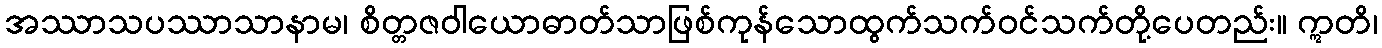
အဿာသပဿာသာနာမ၊ စိတ္တဇဝါယောဓာတ်သာဖြစ်ကုန်သောထွက်သက်ဝင်သက်တို့ပေတည်း။ ဣတိ၊